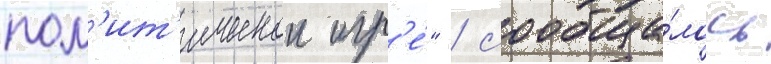
пол'ит'ическои игр'е́" / сообща́лось